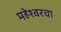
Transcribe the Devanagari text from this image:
महेश्वरचा